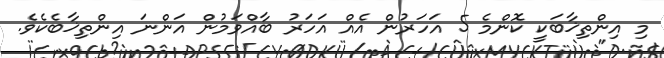
މި އިންތިޚާބަކީ ކޮންމެ 5 އަހަރުން އެއް އަހަރު ބާއްވަމުން އަންނަ އިންތިޚާބެކެވެ.